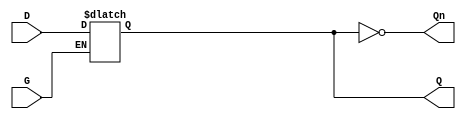
module GatedDLatch (
    input wire D,    // Data input
    input wire G,    // Enable input
    output reg Q,    // Output
    output wire Qn   // Complement of Output
);

// Complement of Q
assign Qn = ~Q;

// Always block to model the latch behavior
always @(*) begin
    if (G == 1'b1) begin
        Q = D;  // Capture D when G is high
    end
    // When G is low, retain the previous value of Q
end

endmodule